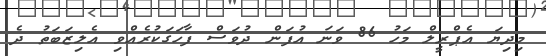
މިދިޔަ އެޕްރީލް މަހު 86 ވަނަ އުފަން ދުވަސް ފާހަގަކުރެއްވި އެލިޒަބަތު ދެ